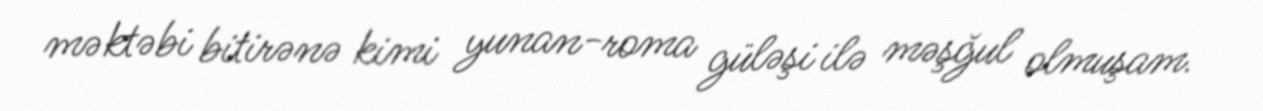
məktəbi bitirənə kimi yunan-roma güləşi ilə məşğul olmuşam.